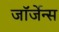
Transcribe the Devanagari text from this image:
जॉर्जेन्स